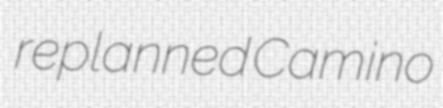
replanned Camino